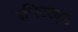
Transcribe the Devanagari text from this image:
इन्स्टिट्यूड